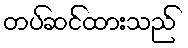
တပ်ဆင်ထားသည်